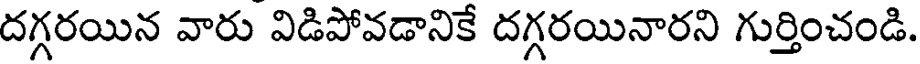
దగ్గరయిన వారు విడిపోవడానికే దగ్గరయినారని గుర్తించండి.